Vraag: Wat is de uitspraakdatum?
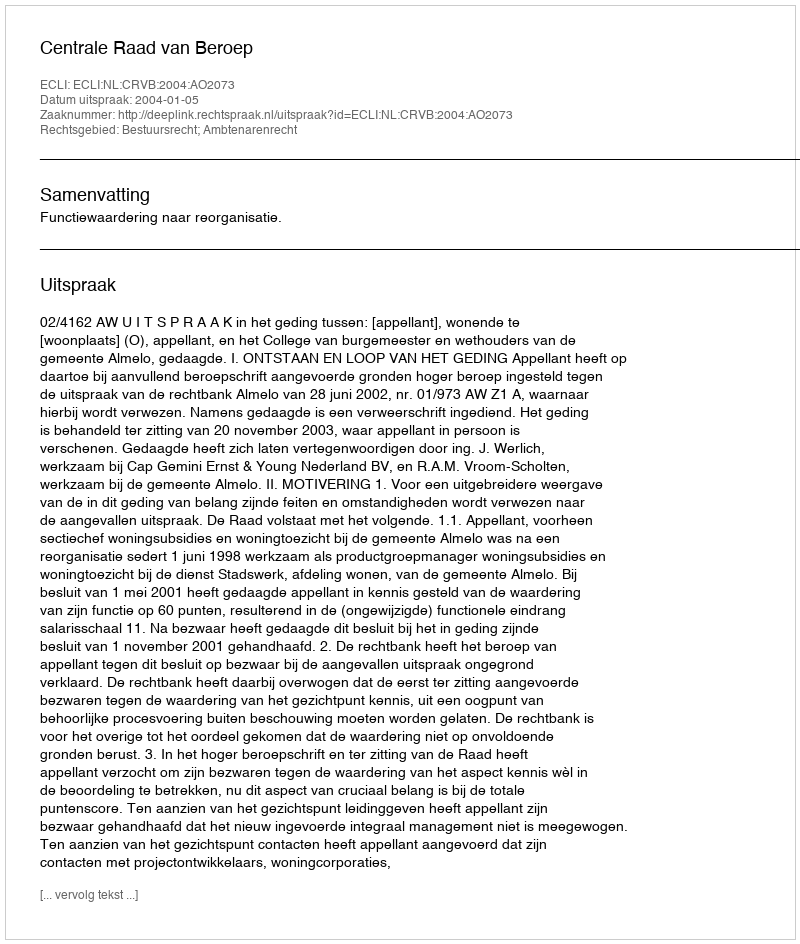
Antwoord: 2004-01-05